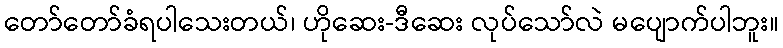
တော်တော်ခံရပါသေးတယ်၊ ဟိုဆေး-ဒီဆေး လုပ်သော်လဲ မပျောက်ပါဘူး။